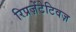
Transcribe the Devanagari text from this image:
रिप्रज़ेंटेटिवज़